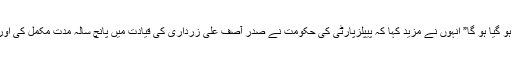
”جس کا تجربہ آپ کو ہماری گزشتہ پانچ سالوں کی عدیم المثال کارکردگی سے ہو گیا ہو گا” انہوں نے مزید کہا کہ پیپلزپارٹی کی حکومت نے صدر آصف علی زرداری کی قیادت میں پانچ سالہ مدت مکمل کی اور پیپلزپارٹی2013کے انتخابات میں واضح اکثریت سے کامیابی حاصل کریگی۔